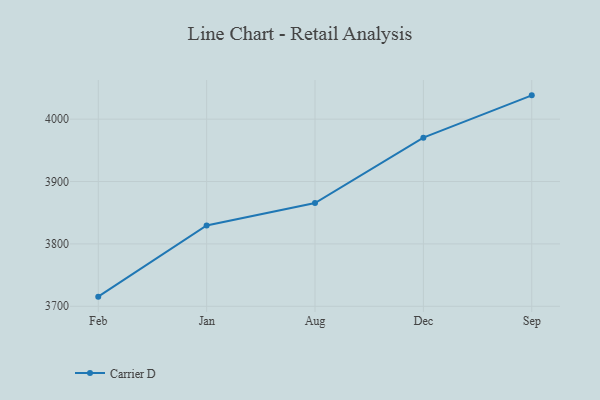
{"axis": {"x": "Month", "y": "Tickets Resolved"}, "legend": ["Carrier D"], "data": [{"x": "Feb", "y": 3715.4, "type": "Carrier D"}, {"x": "Jan", "y": 3829.5, "type": "Carrier D"}, {"x": "Aug", "y": 3865.5, "type": "Carrier D"}, {"x": "Dec", "y": 3970.4, "type": "Carrier D"}, {"x": "Sep", "y": 4038.2, "type": "Carrier D"}]}